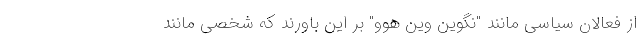
از فعالان سیاسی مانند "نگوین وین هوو" بر این باورند که شخصی مانند